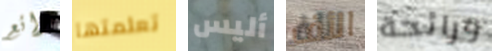
رائع تعلمتها أليس الأف ورائحة